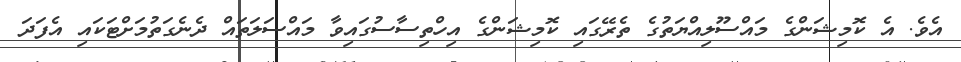
އެވެ. އެ ކޮމިޝަންގެ މައްސޫލިއްޔަތުގެ ތެރޭގައި ކޮމިޝަންގެ އިހްތިސާސުގައިވާ މައްސަލަތައް ދެނެގަތުމަށްޓަކައި އެފަދަ